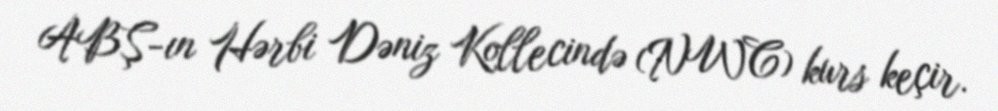
ABŞ-ın Hərbi Dəniz Kollecində (NWC) kurs keçir.